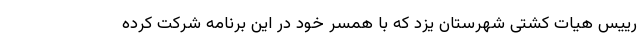
رییس هیات کشتی شهرستان یزد که با همسر خود در این برنامه شرکت کرده